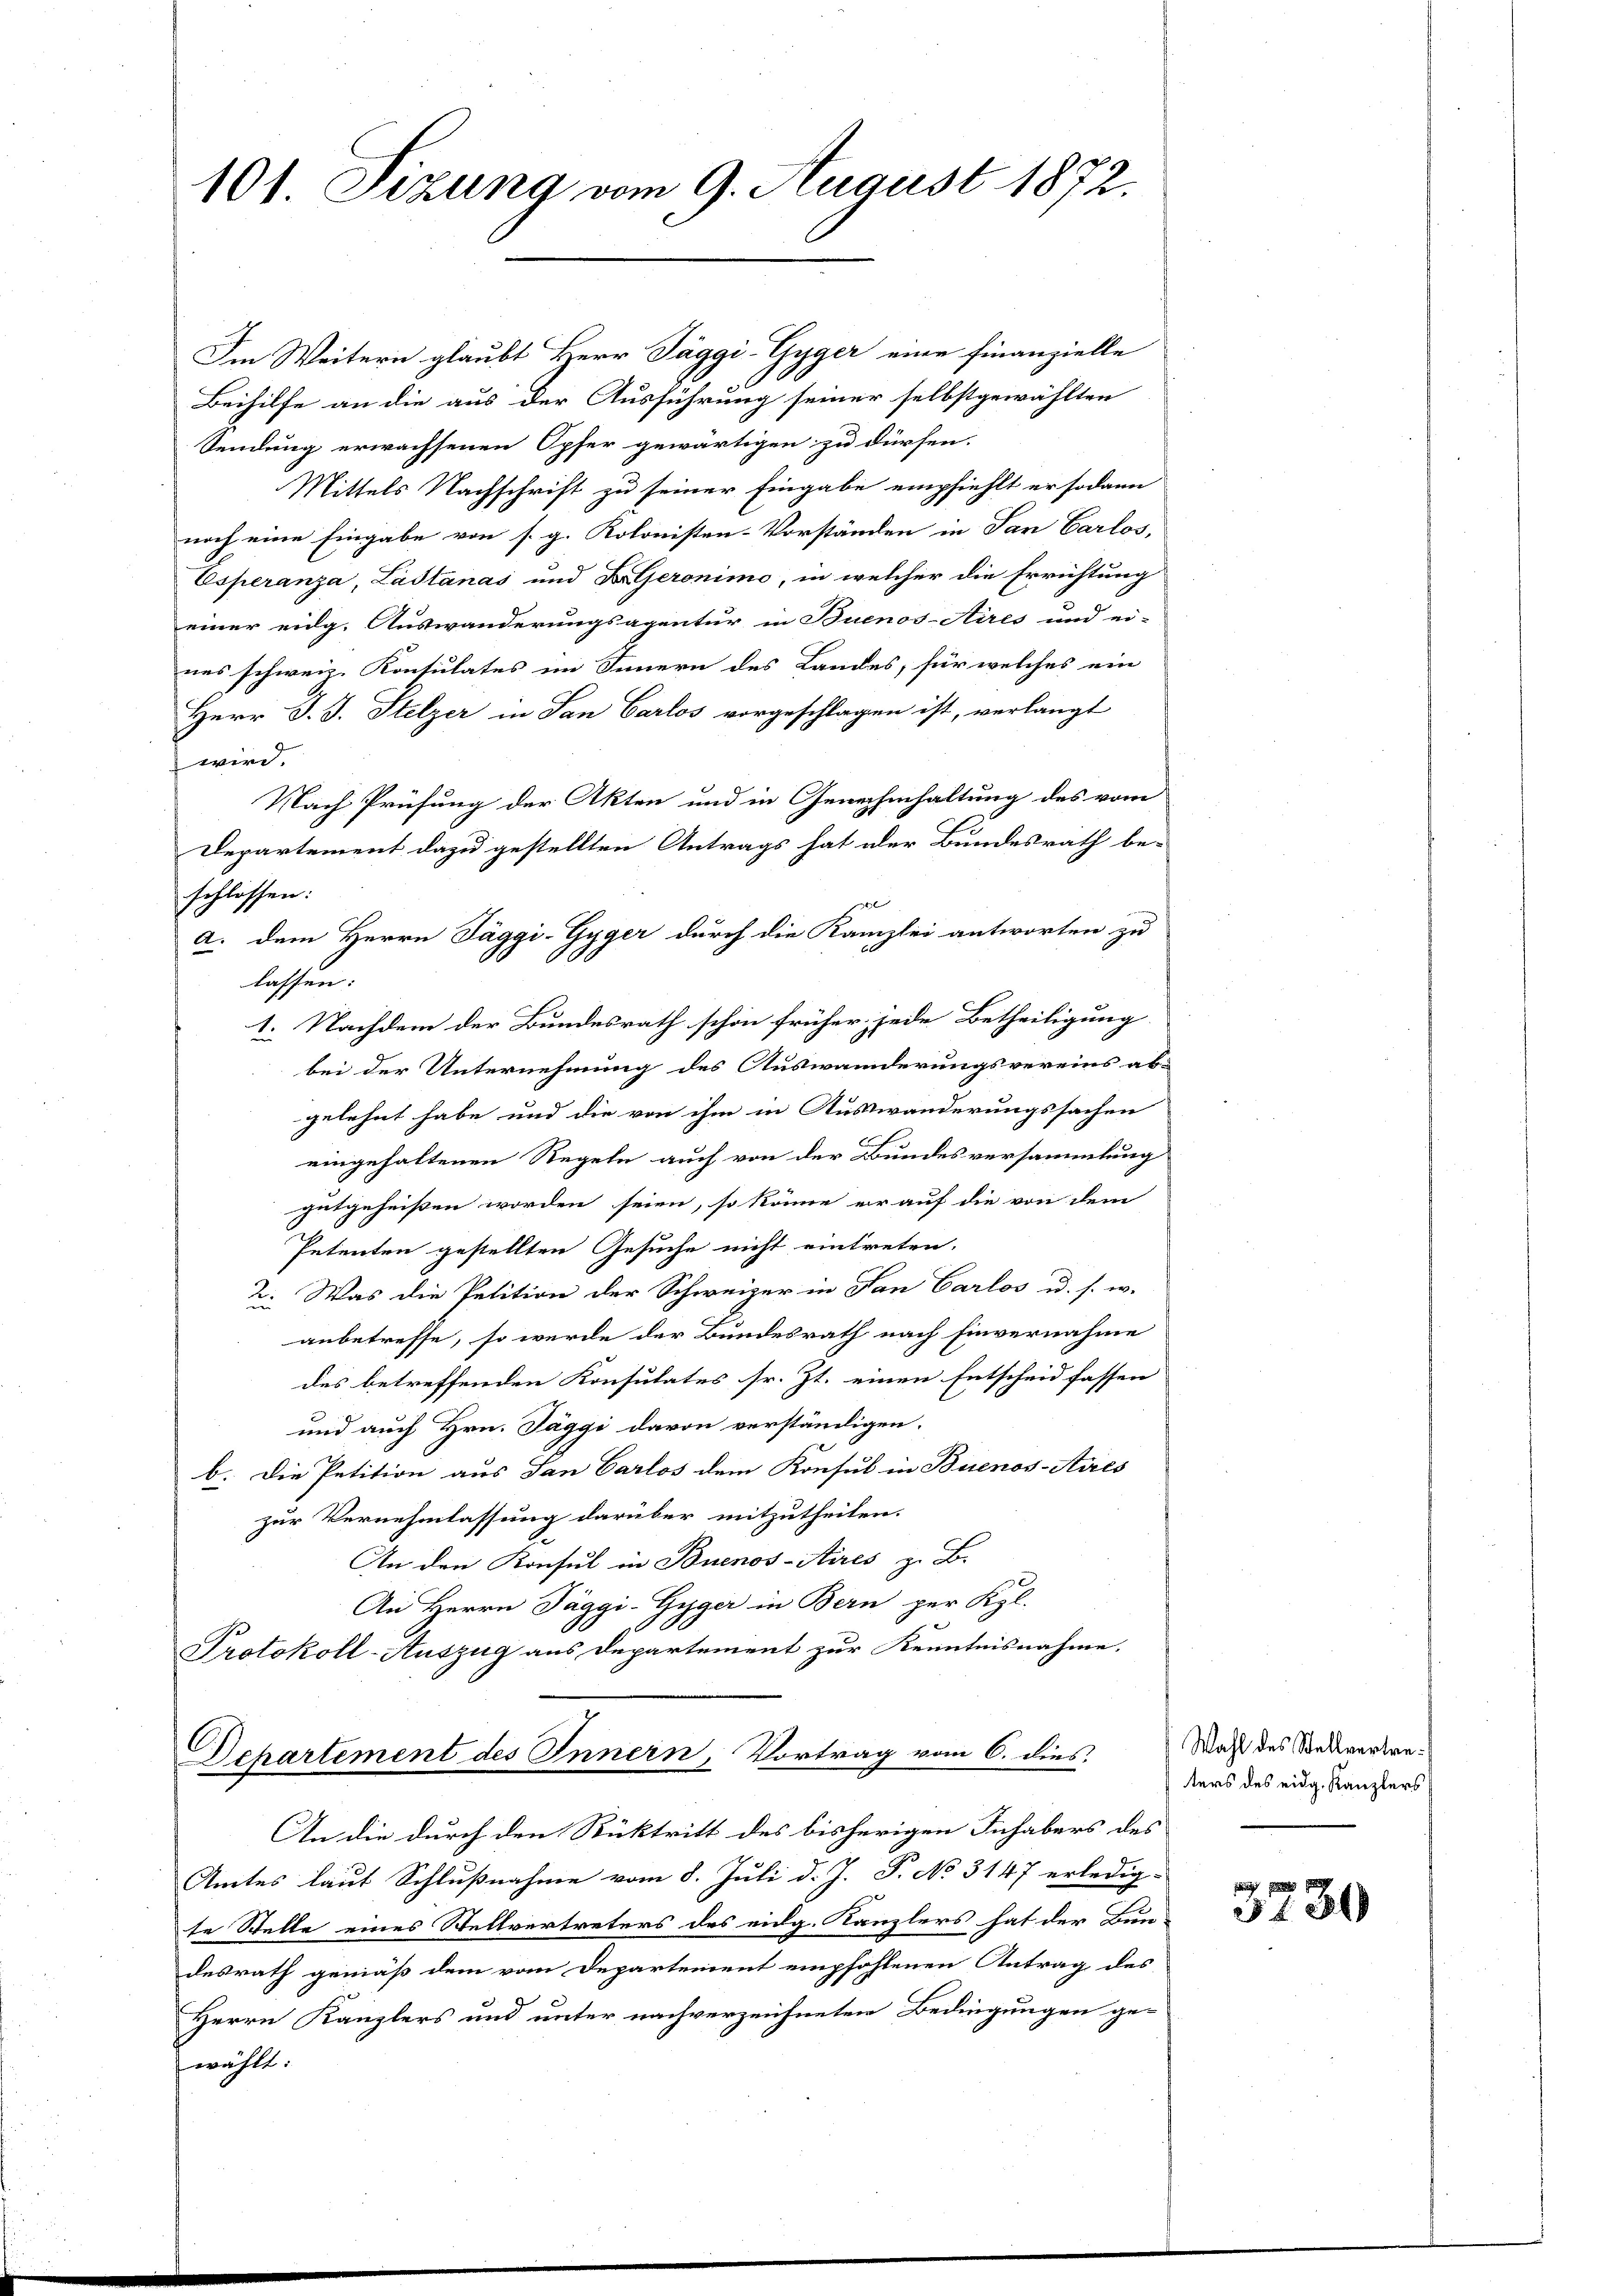
101 Sizung vom 9. August 1872.

Im Weitern glaubt Herr Jäggi-Gyger eine Finanzielle
Beihilfe an die aus der Ausführung seiner selbstgewählten
Sendung erwachsenen Opfer gewärtigen zu dürfen.
Mittels Nachschrift zu seiner Eingabe empfiehlt er sodann
noch eine Eingabe von s. g. Kolonisten-Vorständen in San Carlos,
Esperanza, Lastánas und Dr. Geronimo, in welcher die Errichtung
einer eidg. Auswanderungsagentur in Buenos-Aires und ei-
nes schweiz. Konsulates im Innern des Landes, für welches ein
Herr J. J. Stelzer in San Carlos vorgeschlagen ist, verlangt
wird.
Nach Prüfung der Akten und in Genehmhaltung des vom
Departement dazu gestellten Antrags hat der Bundesrath be-
schlossen:
a. dem Herrn Täggi-Gyger durch die Kanzlei antworten zu
lassen:
1. Nachdem der Bundesrath schon früher jede Betheiligung
bei der Unternehmung des Auswanderungsvereins ab-
gelehnt habe und die von ihm in Auswanderungssachen
eingehaltenen Regeln auch von der Bundesversammlung
gutgeheißen worden seien, so könne er auf die von dem
Petenten gestellten Gesuche nicht eintreten.
2. Was die Petition der Schweizer in San Carlos u. s. w.
anbetreffe, so wurde der Bundesrath nach Einvernahme
des betreffenden Konsulates sr. Zt. einen Entscheid fassen
und auch Hrn. Täggi davon verständigen.
b. Die Petition aus dan Carlos dem Konsul in Buenos-Aires
zur Vernehmlassung darüber mitzutheilen.
An den Konsul in Buenos-Aires z. B.
An Herrn Jäggi-Gyger in Bern per Kgl.
Protokoll-Auszug aus Departement zur Kenntnisnahme.
Departement des Innern, Vortrag vom 6. dies

An die durch den Rücktritt des bisherigen Inhabers des
Amtes laut Schlußnahme vom 8. Juli d. J. P. No 3147 erledig-
te Stelle eines Stellvertreters des eidg. Kanzlers hat der Bun-
desrath gemäß dem vom Departement empfohlenen Antrag des
Herrn Kanzlers und unter nachverzeichneten Bedingungen ge-
wählt:

Wahl des Stellvertreters des eidg. Kanzlers

3280